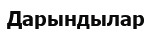
Дарындылар